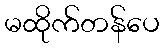
မထိုက်တန်ပေ